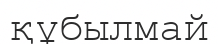
құбылмай